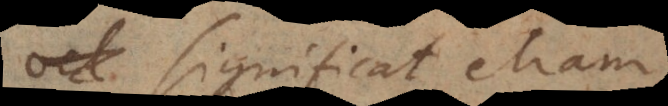
significat etiam